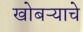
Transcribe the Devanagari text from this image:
खोबऱ्याचे